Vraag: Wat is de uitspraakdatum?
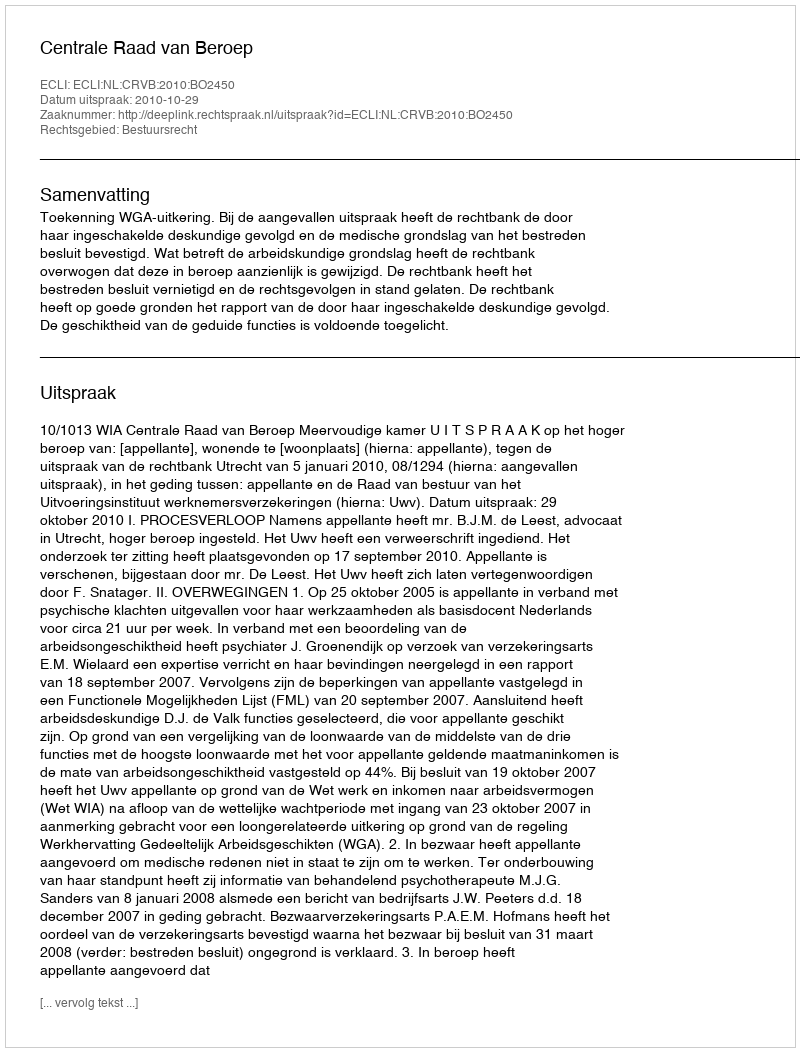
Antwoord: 2010-10-29